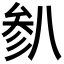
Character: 𫤯